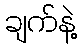
ချက်နဲ့